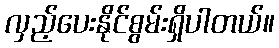
လှည့်ပေးနိုင်စွမ်းရှိပါတယ်။